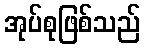
အုပ်စုဖြစ်သည်